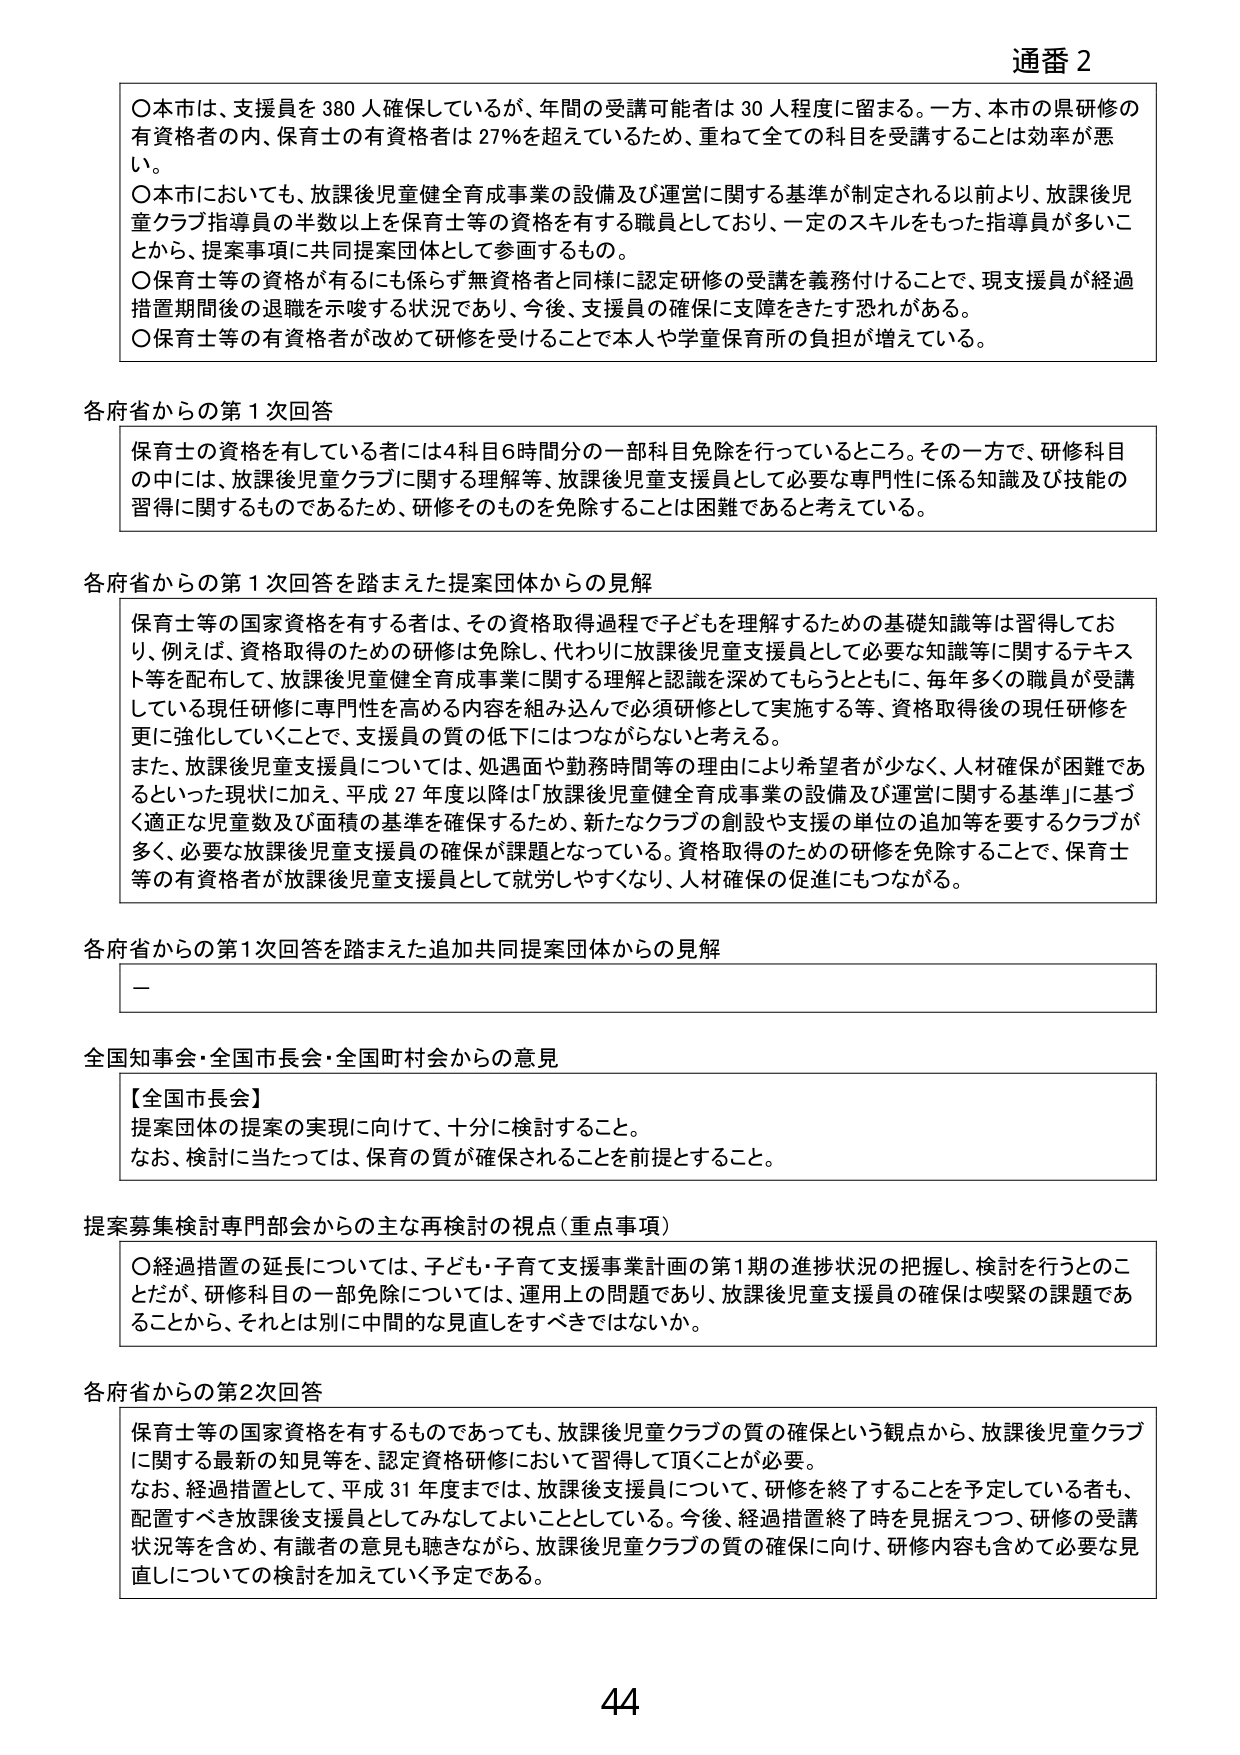
通番 2

〇本市は、支援員を380人確保しているが、年間の受講可能者は30人程度に留まる。一方、本市の県研修の有資格者の内、保育士の有資格者は27％を超えているため、重ねて全ての科目を受講することは効率が悪い。

〇本市においても、放課後児童健全育成事業の設備及び運営に関する基準が制定される以前より、放課後児童クラブ指導員の半数以上を保育士等の資格を有する職員としており、一定のスキルをもった指導員が多いことから、提案事項に共同提案団体として参画するもの。

〇保育士等の資格が有るにも係らず無資格者と同様に認定研修の受講を義務付けることで、現支援員が経過措置期間後の退職を示唆する状況であり、今後、支援員の確保に支障をきたす恐れがある。

〇保育士等の有資格者が改めて研修を受けることで本人や学童保育所の負担が増えている。

各府省からの第1次回答

保育士の資格を有している者には4科目6時間分の一部科目免除を行っているところ。その一方で、研修科目の中には、放課後児童クラブに関する理解等、放課後児童支援員として必要な専門性に係る知識及び技能の習得に関するものであるため、研修そのものを免除することは困難であると考えている。

各府省からの第1次回答を踏まえた提案団体からの見解

保育士等の国家資格を有する者は、その資格取得過程で子どもを理解するための基礎知識等は習得しており、例えば、資格取得のための研修は免除し、代わりに放課後児童支援員として必要な知識等に関するテキスト等を配布して、放課後児童健全育成事業に関する理解と認識を深めてもらうとともに、毎年多くの職員が受講している現任研修に専門性を高める内容を組み込んで必須研修として実施する等、資格取得後の現任研修を更に強化していくことで、支援員の質の低下にはつながらないと考える。

また、放課後児童支援員については、処遇面や勤務時間等の理由により希望者が少なく、人材確保が困難であるといった現状に加え、平成27年度以降は「放課後児童健全育成事業の設備及び運営に関する基準」に基づく適正な児童数及び面積の基準を確保するため、新たなクラブの創設や支援の単位の追加等を要するクラブが多く、必要な放課後児童支援員の確保が課題となっている。資格取得のための研修を免除することで、保育士等の有資格者が放課後児童支援員として就労しやすくなり、人材確保の促進にもつながる。

各府省からの第1次回答を踏まえた追加共同提案団体からの見解

－

全国知事会・全国市長会・全国町村会からの意見

【全国市長会】
提案団体の提案の実現に向けて、十分に検討すること。
なお、検討に当たっては、保育の質が確保されることを前提とすること。

提案募集検討専門部会からの主な再検討の視点（重点事項）

〇経過措置の延長については、子ども・子育て支援事業計画の第1期の進捗状況の把握し、検討を行うとのことだが、研修科目の一部免除については、運用上の問題であり、放課後児童支援員の確保は喫緊の課題であることから、それとは別に中間的な見直しをすべきではないか。

各府省からの第2次回答

保育士等の国家資格を有するものであっても、放課後児童クラブの質の確保という観点から、放課後児童クラブに関する最新の知見等を、認定資格研修において習得して頂くことが必要。

なお、経過措置として、平成31年度までは、放課後支援員について、研修を終了することを予定している者も、配置すべき放課後支援員としてみなしてよいこととしている。今後、経過措置終了時を見据えつつ、研修の受講状況等を含め、有識者の意見も聴きながら、放課後児童クラブの質の確保に向け、研修内容も含めて必要な見直しについての検討を加えていく予定である。

44